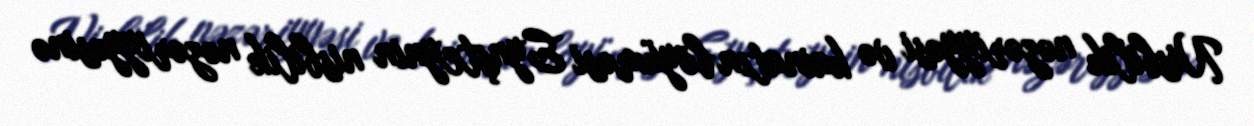
Nisbilik nəzəriyyəsi və kainatın böyüməsi Eynşteynin nisbilik nəzəriyyəsinə